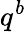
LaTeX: q^{b}